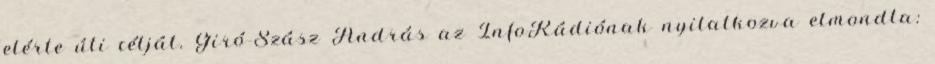
elérte úti célját. Giró-Szász András az InfoRádiónak nyilatkozva elmondta: